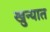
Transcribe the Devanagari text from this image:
खुन्यात